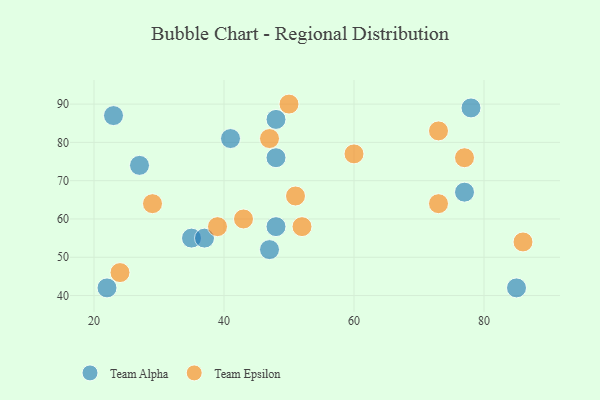
{"axis": {"x": "GDP", "y": "Life Expectancy"}, "legend": ["Team Alpha", "Team Epsilon"], "data": [{"x": "78", "y": 89, "type": "Team Alpha"}, {"x": "48", "y": 86, "type": "Team Alpha"}, {"x": "48", "y": 58, "type": "Team Alpha"}, {"x": "85", "y": 42, "type": "Team Alpha"}, {"x": "47", "y": 52, "type": "Team Alpha"}, {"x": "35", "y": 55, "type": "Team Alpha"}, {"x": "27", "y": 74, "type": "Team Alpha"}, {"x": "41", "y": 81, "type": "Team Alpha"}, {"x": "77", "y": 67, "type": "Team Alpha"}, {"x": "23", "y": 87, "type": "Team Alpha"}, {"x": "37", "y": 55, "type": "Team Alpha"}, {"x": "48", "y": 76, "type": "Team Alpha"}, {"x": "22", "y": 42, "type": "Team Alpha"}, {"x": "29", "y": 64, "type": "Team Epsilon"}, {"x": "47", "y": 81, "type": "Team Epsilon"}, {"x": "43", "y": 60, "type": "Team Epsilon"}, {"x": "39", "y": 58, "type": "Team Epsilon"}, {"x": "60", "y": 77, "type": "Team Epsilon"}, {"x": "24", "y": 46, "type": "Team Epsilon"}, {"x": "73", "y": 83, "type": "Team Epsilon"}, {"x": "73", "y": 64, "type": "Team Epsilon"}, {"x": "86", "y": 54, "type": "Team Epsilon"}, {"x": "50", "y": 90, "type": "Team Epsilon"}, {"x": "52", "y": 58, "type": "Team Epsilon"}, {"x": "77", "y": 76, "type": "Team Epsilon"}, {"x": "51", "y": 66, "type": "Team Epsilon"}]}